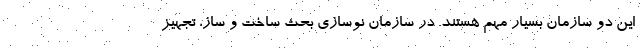
این دو سازمان بسیار مهم هستند. در سازمان نوسازی بحث ساخت و ساز، تجهیز